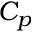
C _ { p }